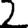
Digit: 2